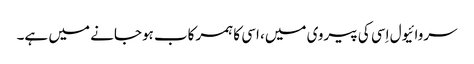
سروائیول اِسی کی پیروی میں، اسی کا ہمرکاب ہوجانے میں ہے۔